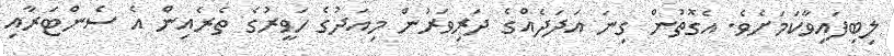
ލިބިފައިވާކަމަށެވެ. އެގޮތުން ގިނަ އަދަދެއްގެ ދަރިވަރުން މިއަދުގެ ހަވީރުގެ ތެރެއިން އެ ސެންޓަރާއި